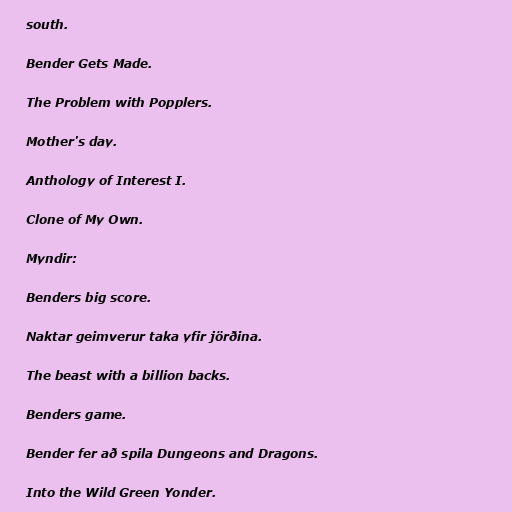
south.

Bender Gets Made.

The Problem with Popplers.

Mother's day.

Anthology of Interest I.

Clone of My Own.

Myndir:

Benders big score.

Naktar geimverur taka yfir jörðina.

The beast with a billion backs.

Benders game.

Bender fer að spila Dungeons and Dragons.

Into the Wild Green Yonder.